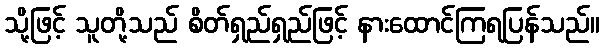
သို့ဖြင့် သူတို့သည် စိတ်ရှည်ရှည်ဖြင့် နားထောင်ကြရပြန်သည်။